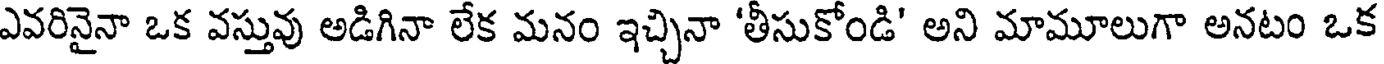
ఎవరినైనా ఒక వస్తువు అడిగినా లేక మనం ఇచ్చినా 'తీసుకోండి' అని మామూలుగా అనటం ఒక